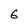
Character: 6